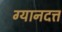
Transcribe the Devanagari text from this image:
ग्यानदत्त